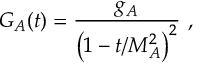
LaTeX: G _ { A } ( t ) = \frac { g _ { A } } { \left( 1 - t / M _ { A } ^ { 2 } \right) ^ { 2 } } ~ ,